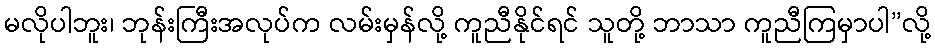
မလိုပါဘူး၊ ဘုန်းကြီးအလုပ်က လမ်းမှန်လို့ ကူညီနိုင်ရင် သူတို့ ဘာသာ ကူညီကြမှာပါ”လို့